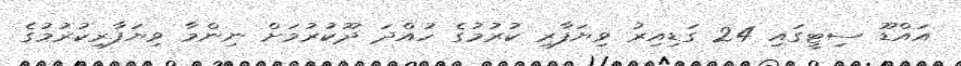
އައްޑޫ ސިޓީގައި 24 ގަޑިއިރު ވިޔަފާރި ކުރުމުގެ ހުއްދަ ދޫކުރުމަށް ނިންމާ ވިޔަފާރިކުރުމުގެ